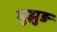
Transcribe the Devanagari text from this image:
मुझुङ